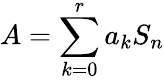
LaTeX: A=\sum_{k=0}^{r}a_{k}S_{n}